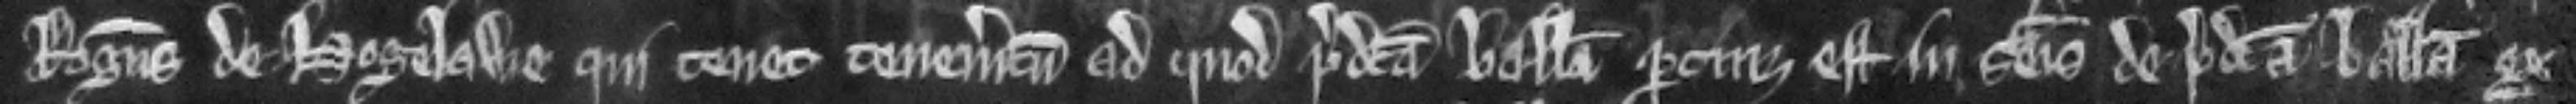
Rogerus de Hogelawe qui tenet tenementum ad quod predicta balliva pertinet est in seisina de predicta balliva ex